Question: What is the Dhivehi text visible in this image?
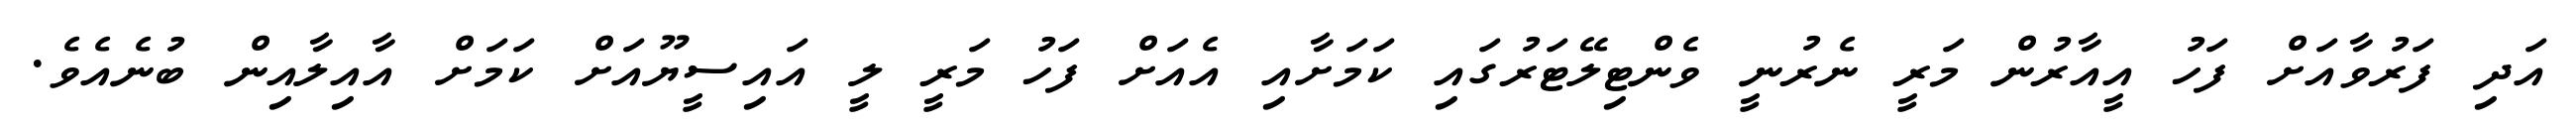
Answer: އަދި ފަރުވާއަށް ފަހު އީއާރުން މަރީ ނެރުނީ ވެންޓިލޭޓަރުގައި ކަމަށާއި އެއަށް ފަހު މަރީ ލީ އައިސީޔޫއަށް ކަމަށް އާއިލާއިން ބުނެއެވެ.